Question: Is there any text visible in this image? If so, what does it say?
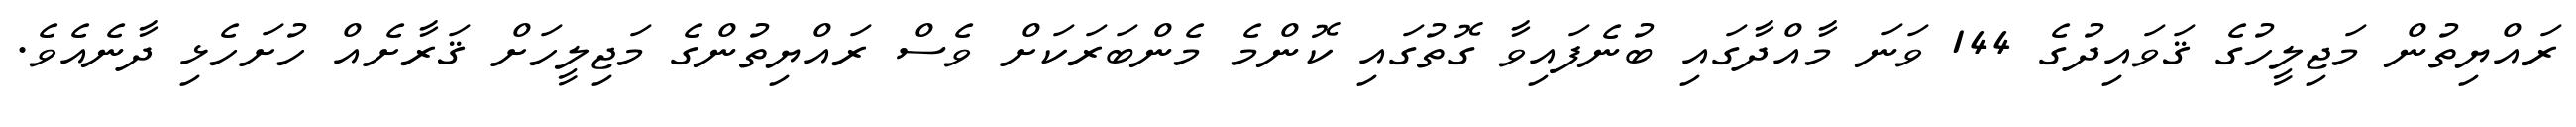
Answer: ރައްޔިތުން މަޖިލީހުގެ ޤަވައިދުގެ 144 ވަނަ މާއްދާގައި ބުނެފައިވާ ގޮތުގައި ކޮންމެ މެންބަރަކަށް ވެސް ރައްޔިތުންގެ މަޖިލީހަށް ޤަރާށެއް ހުށަހެޅި ދާނެއެވެ.